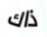
ذاك